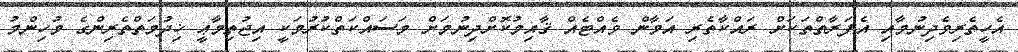
އެހީތެރިވެދިނުމާއި އެފަރާތްތަކަށް ރައްކާތެރި އަމާން ވެއްޓެއް ޤާއިމުކޮށްދިނުމަށް މަސައްކަތްކުރުމަކީ އިޖުތިމާޢީ ޚިދުމަތްތެރިންގެ މުހިންމު